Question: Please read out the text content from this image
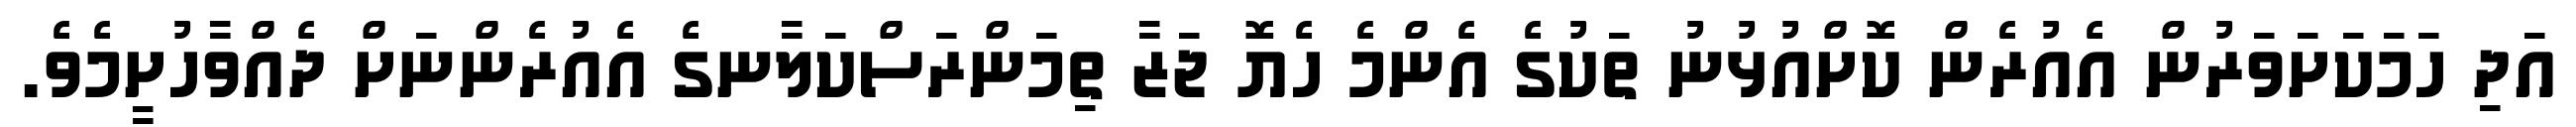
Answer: އަދި ހަމަކަށަވަރުން އެއުރެން ކޮށްއުޅުނު ތަކުގެ އެންމެ ހެޔޮ ޖަޒާ ތިމަންރަސްކަލާނގެ އެއުރެންނަށް ދެއްވާހުށީމެވެ.